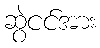
ဆွဲငင်အား